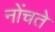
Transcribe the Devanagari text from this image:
नोंचते